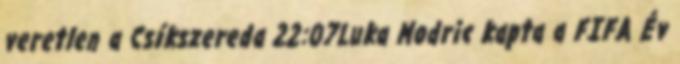
veretlen a Csíkszereda 22:07Luka Modric kapta a FIFA Év